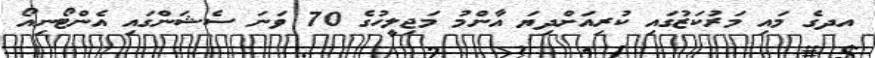
އދގެ މައި މަރުކަޒުގައި ކުރިއަށްދިޔަ އާންމު މަޖިލީހުގެ 70 ވަނަ ސެޝަންގައި އެންޓޯނިއޯ